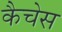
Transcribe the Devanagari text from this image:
कैचेस